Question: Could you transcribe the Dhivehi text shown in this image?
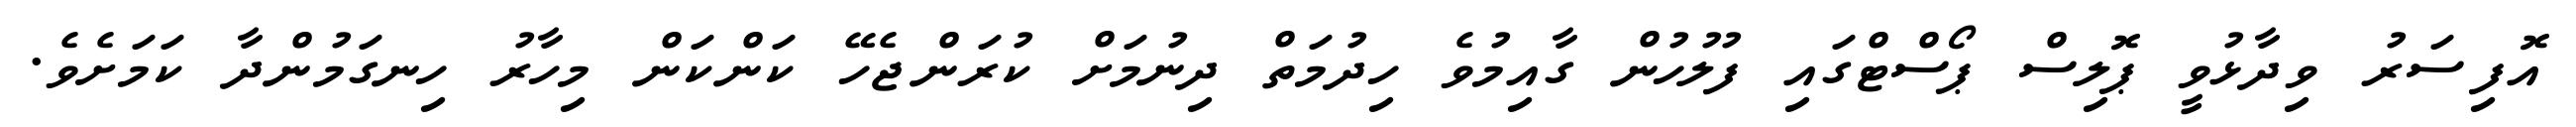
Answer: އޮފިސަރު ވިދާޅުވީ ޕޮލިސް ޕޯސްޓްގައި ފުލުހުން ގާއިމުވެ ހިދުމަތް ދިނުމަށް ކުރަންޖެހޭ ކަންކަން މިހާރު ހިނގަމުންދާ ކަމަށެވެ.